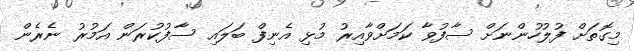
މިގޮތަށް ފުލުހުންނަށް ސާފުވާ ކަމަށްވާއިރު މުޅި އެނިފް ބަލައި ސާފުކުރަަން އަމުރު ނެރެން